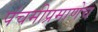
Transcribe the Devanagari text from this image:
पंचमीप्रमाणेच